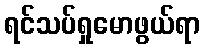
ရင်သပ်ရှုမောဖွယ်ရာ